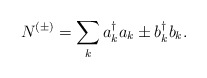
\begin{align*}N^{(\pm)}=\sum_{k}a^{\dagger}_k a_k \pm b^{\dagger}_k b_k .\end{align*}